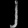
Digit: ၂